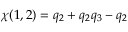
\chi ( 1 , 2 ) = q _ { 2 } + q _ { 2 } q _ { 3 } - q _ { 2 }